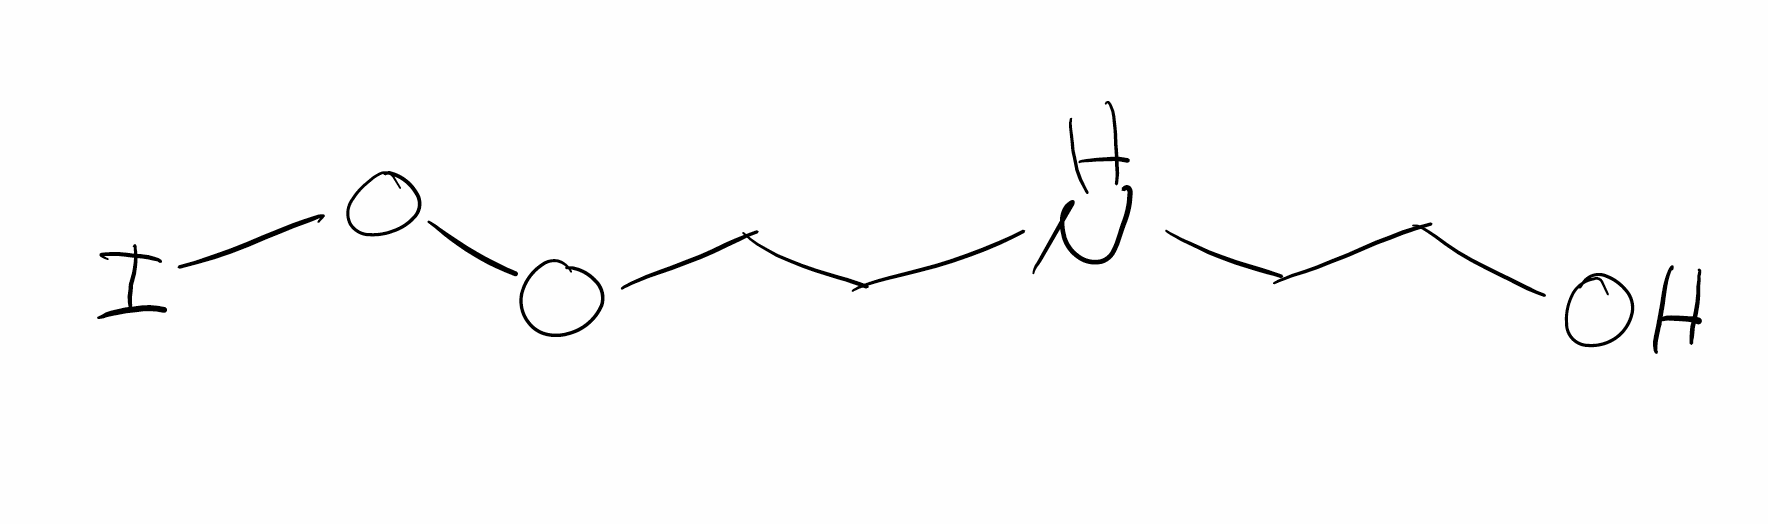
Simplified molecular-input line-entry system (SMILES) notation of the given molecule:
C(CO)NCCOOI